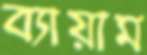
ব্যায়াম